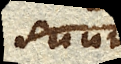
suum